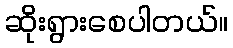
ဆိုးရွားစေပါတယ်။